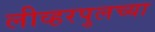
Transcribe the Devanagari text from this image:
लीव्हरपुलच्या